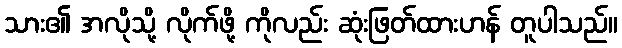
သား၏ အလိုသို့ လိုက်ဖို့ ကိုလည်း ဆုံးဖြတ်ထားဟန် တူပါသည်။